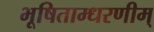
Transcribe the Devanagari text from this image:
भूषिताम्धरणीम्